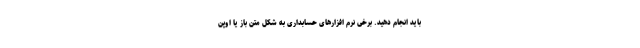
باید انجام دهید. برخی نرم افزارهای حسابداری به شکل متن باز یا اوپن